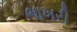
ભાખરી